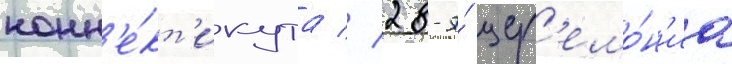
конн'е́кт'икута // 28-я́ цер'емо́н'иа